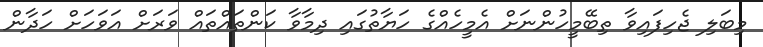
މިބަލި ޖެހިފައިވާ ތިބޭމީހުންނަށް އެމީހެއްގެ ހަޔާތުގައި ދިމާވާ ކަންތައްތައް ވަރަށް އަވަހަށް ހަދާން